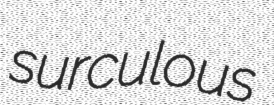
surculous